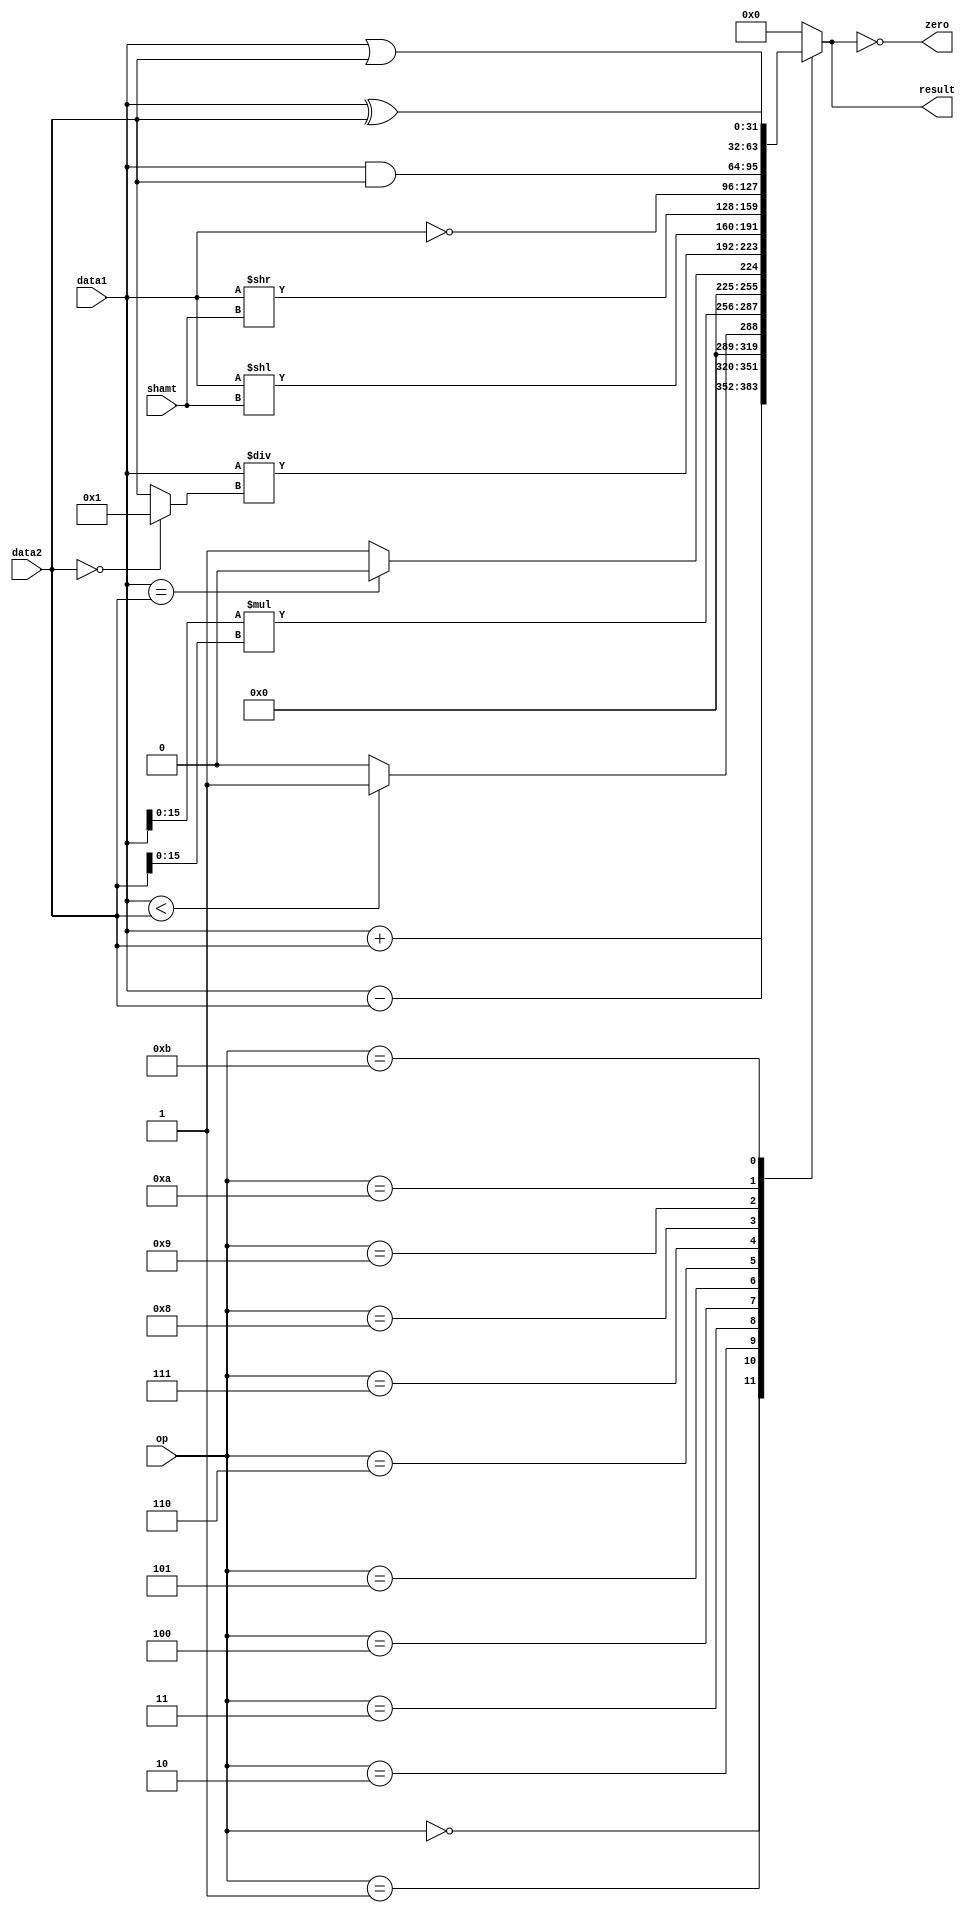
//ULA

module ULA(op,data1,data2,result,zero,shamt);

input[31:0] data1,data2;
input [4:0] op,shamt;
output reg[31:0] result;
output zero;
wire[31:0] not_zero,addd,subb;
//wire resultadd,resultsub;
assign addd= data1+data2;
assign subb= data1-data2;
//assign resultadd = (data1[31] == data2[31] && data1[31] != addd[31]) ? 1 : 0;
//assign resultsub = (data1[31] == data2[31] && data1[31] != subb[31]) ? 1 : 0;
assign not_zero = (data2==0)? 1 : data2;


always @ ( op or data1 or data2 or not_zero or shamt) begin
			case (op[4:0])
				5'b00000 : result = data1 + data2; //add
				5'b00001 : result = data1 - data2; //sub
				5'b00010 : result = data1 < data2 ? 1 : 0 ; //slt
				5'b00011 : result= data1[15:0] * data2[15:0]; //mult
				5'b00100 : result= data1 == data2 ? 0 : 1;//beq
				5'b00101 : result= data1 / not_zero; //div
				5'b00110 : result= data1 << shamt; //shl
				5'b00111 : result= data1 >> shamt; //shr
				5'b01000 : result= ~data1; //not
				5'b01001 : result= data1 & data2; //and
				5'b01010 : result= data1 | data2; //or
				5'b01011 : result= data1 ^ data2; //xor
				default : result= 0 ;
			endcase
end
  assign zero = (result==0);
  
endmodule